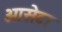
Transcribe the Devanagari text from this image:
ओसेटा